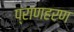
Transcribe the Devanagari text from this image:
प्राणहरण